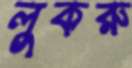
লুকরু